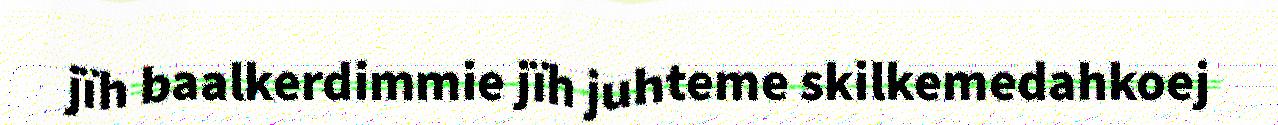
jïh baalkerdimmie jïh juhteme skilkemedahkoej